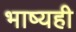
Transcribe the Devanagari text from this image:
भाष्यही